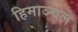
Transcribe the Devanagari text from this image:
हिमाञ्चल